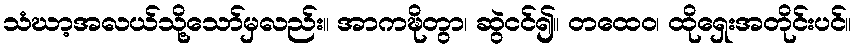
သံဃာ့အလယ်သို့သော်မှလည်း။ အာကဍ္ဎိတွာ၊ ဆွဲငင်၍။ တထေဝ၊ ထိုရှေးအတိုင်းပင်။